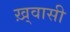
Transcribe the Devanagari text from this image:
ख़्वासी